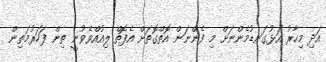
އަދި މިހާރު އަޅުގަނޑުމެންނަށް މި ފެންނަން އޮތްގޮތަށް އެފޮތް ލިއުއްވެވުނީ ތިން ފަހަރުމަތިން